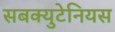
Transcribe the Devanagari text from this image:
सबक्युटेनियस